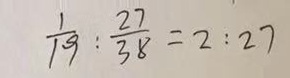
\frac { 1 } { 1 9 } : \frac { 2 7 } { 3 8 } = 2 : 2 7